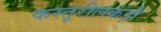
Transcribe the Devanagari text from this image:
कस्तूरीलकड़ी